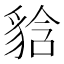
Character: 𧳘